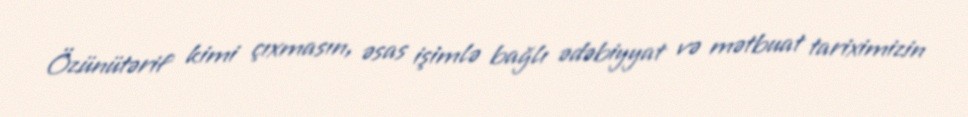
Özünütərif kimi çıxmasın, əsas işimlə bağlı ədəbiyyat və mətbuat tariximizin